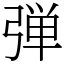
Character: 弾